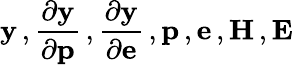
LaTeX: \mathbf{y}\, ,\frac{\partial\mathbf{y}}{\partial\mathbf{p}}\, ,\frac{\partial\mathbf{y}}{\partial\mathbf{e}}\, ,\mathbf{p}\, ,\mathbf{e}\, ,\mathbf{H}\, ,\mathbf{E}